Indian journal of veterinary science and animal husbandry - Volumes 18-21, 1948-1951
Year: 1948
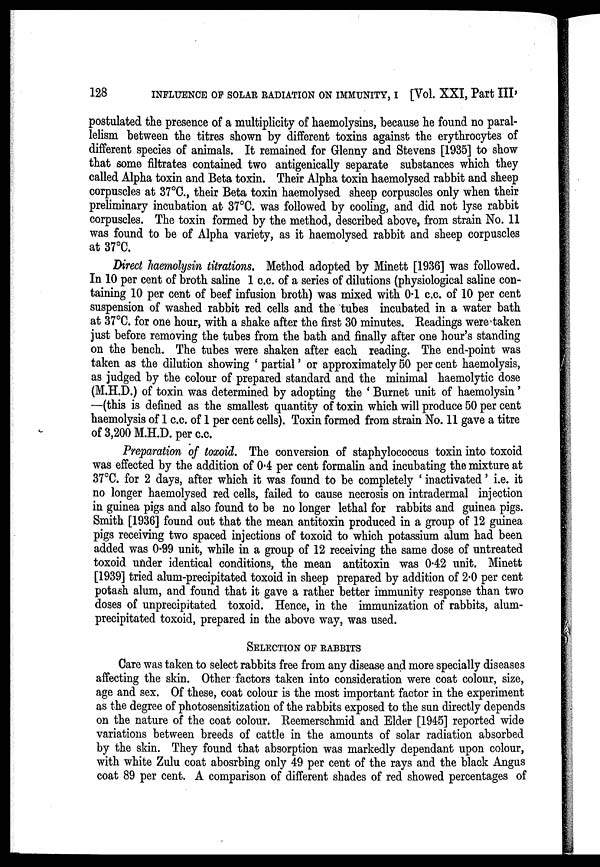
128
INFLUENCE OF SOLAR RADIATION ON IMMUNITY, I [Vol. XXI, Part III,
postulated the presence of a multiplicity of haemolysins, because he found no paral-
lelism between the titres shown by different toxins against the erythrocytes of
different species of animals. It remained for Glenny and Stevens [1935] to show
that some filtrates contained two antigenically separate substances which they
called Alpha toxin and Beta toxin. Their Alpha toxin haemolysed rabbit and sheep
corpuscles at 37°C., their Beta toxin haemolysed sheep corpuscles only when their
preliminary incubation at 37°C. was followed by cooling, and did not lyse rabbit
corpuscles. The toxin formed by the method, described above, from strain No. 11
was found to be of Alpha variety, as it haemolysed rabbit and sheep corpuscles
at 37°C.
Direct haemolysin titrations. Method adopted by Minett [1936] was followed.
In 10 per cent of broth saline 1 c.c. of a series of dilutions (physiological saline con-
taining 10 per cent of beef infusion broth) was mixed with 0.1 c.c. of 10 per cent
suspension of washed rabbit red cells and the tubes incubated in a water bath
at 37°C. for one hour, with a shake after the first 30 minutes. Readings were taken
just before removing the tubes from the bath and finally after one hour's standing
on the bench. The tubes were shaken after each reading. The end-point was
taken as the dilution showing ' partial' or approximately 50 per cent haemolysis,
as judged by the colour of prepared standard and the minimal haemolytic dose
(M.H.D.) of toxin was determined by adopting the ' Burnet unit of haemolysin'
—(this is defined as the smallest quantity of toxin which will produce 50 per cent
haemolysis of 1 c.c. of 1 per cent cells). Toxin formed from strain No. 11 gave a titre
of 3,200 M.H.D. per c.c.
Preparation of toxoid. The conversion of staphylococcus toxin into toxoid
was effected by the addition of 0.4 per cent formalin and incubating the mixture at
37°C. for 2 days, after which it was found to be completely ' inactivated' i.e. it
no longer haemolysed red cells, failed to cause necrosis on intradermal injection
in guinea pigs and also found to be no longer lethal for rabbits and guinea pigs.
Smith [1936] found out that the mean antitoxin produced in a group of 12 guinea
pigs receiving two spaced injections of toxoid to which potassium alum had been
added was 0.99 unit, while in a group of 12 receiving the same dose of untreated
toxoid under identical conditions, the mean antitoxin was 0.42 unit. Minett
[1939] tried alum-precipitated toxoid in sheep prepared by addition of 2.0 per cent
potash alum, and found that it gave a rather better immunity response than two
doses of unprecipitated toxoid. Hence, in the immunization of rabbits, alum-
precipitated toxoid, prepared in the above way, was used.
SELECTION OF RABBITS
Care was taken to select rabbits free from any disease and more specially diseases
affecting the skin. Other factors taken into consideration were coat colour, size,
age and sex. Of these, coat colour is the most important factor in the experiment
as the degree of photosensitization of the rabbits exposed to the sun directly depends
on the nature of the coat colour. Reemerschmid and Elder [1945] reported wide
variations between breeds of cattle in the amounts of solar radiation absorbed
by the skin. They found that absorption was markedly dependant upon colour,
with white Zulu coat abosrbing only 49 per cent of the rays and the black Angus
coat 89 per cent. A comparison of different shades of red showed percentages of